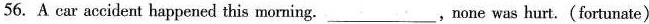
56. A car accident happened this morning.___,none was hurt.(fortunate)